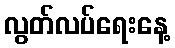
လွတ်လပ်ရေးနေ့